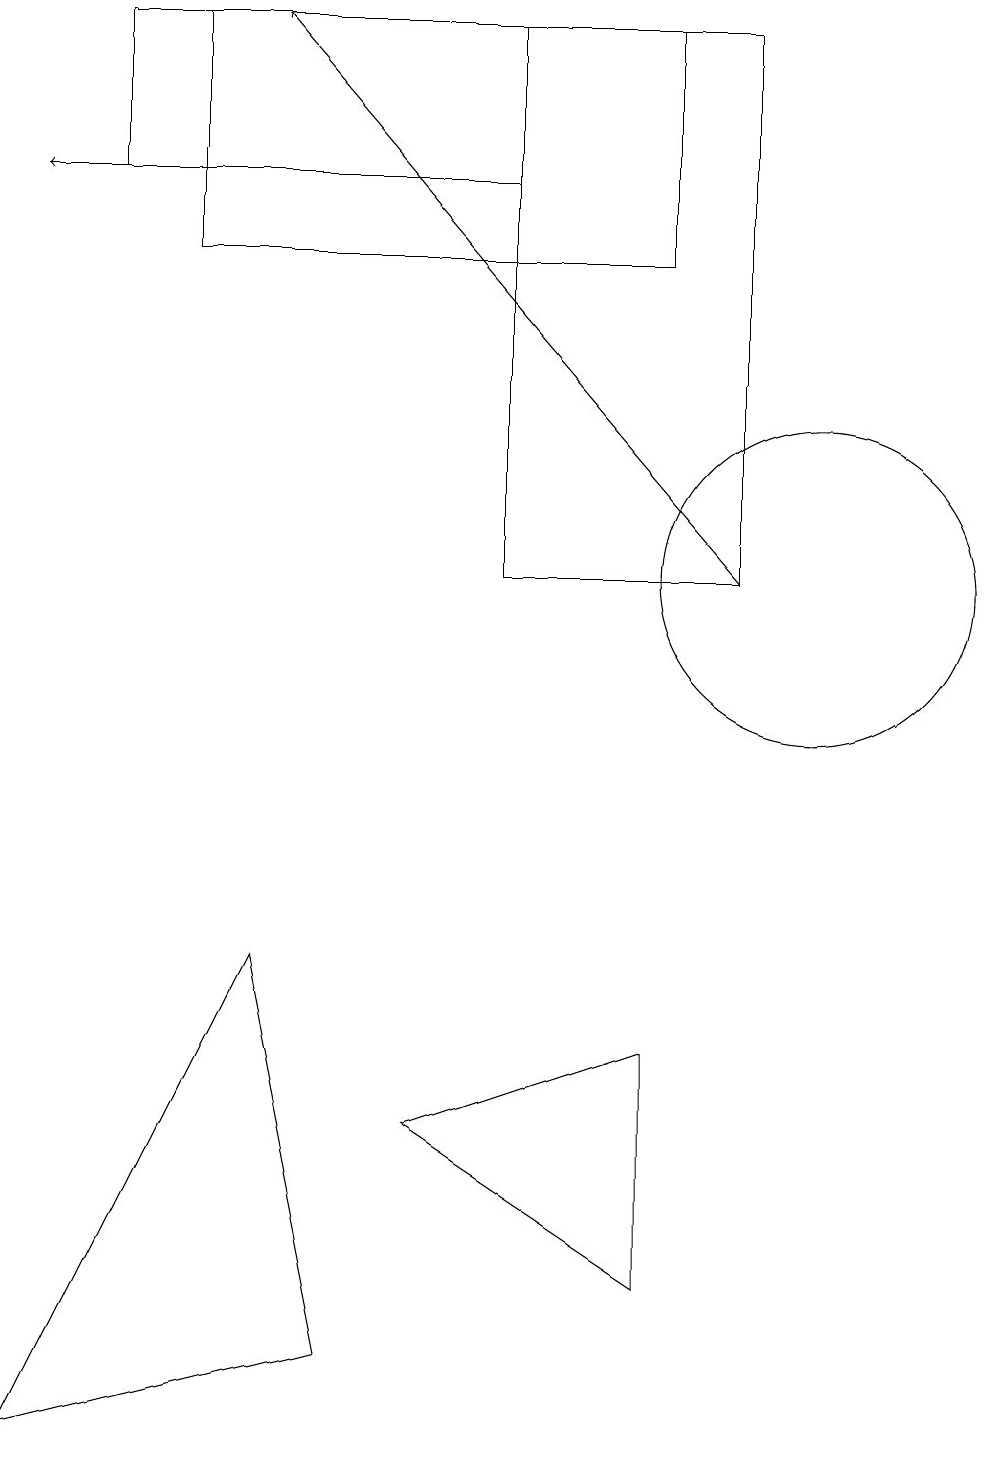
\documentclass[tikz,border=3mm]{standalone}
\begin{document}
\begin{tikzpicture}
\draw (2,18) rectangle (8,15);
\draw (3,6) -- (4,1) -- (0,0) -- cycle;
\draw[->] (1,16) -- (0,16);
\draw (10,11) circle (2);
\draw (6,18) rectangle (9,11);
\draw (1,18) rectangle (6,16);
\draw[->] (9,11) -- (3,18);
\draw (5,4) -- (8,5) -- (8,2) -- cycle;
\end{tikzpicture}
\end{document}